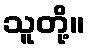
သူတို့။